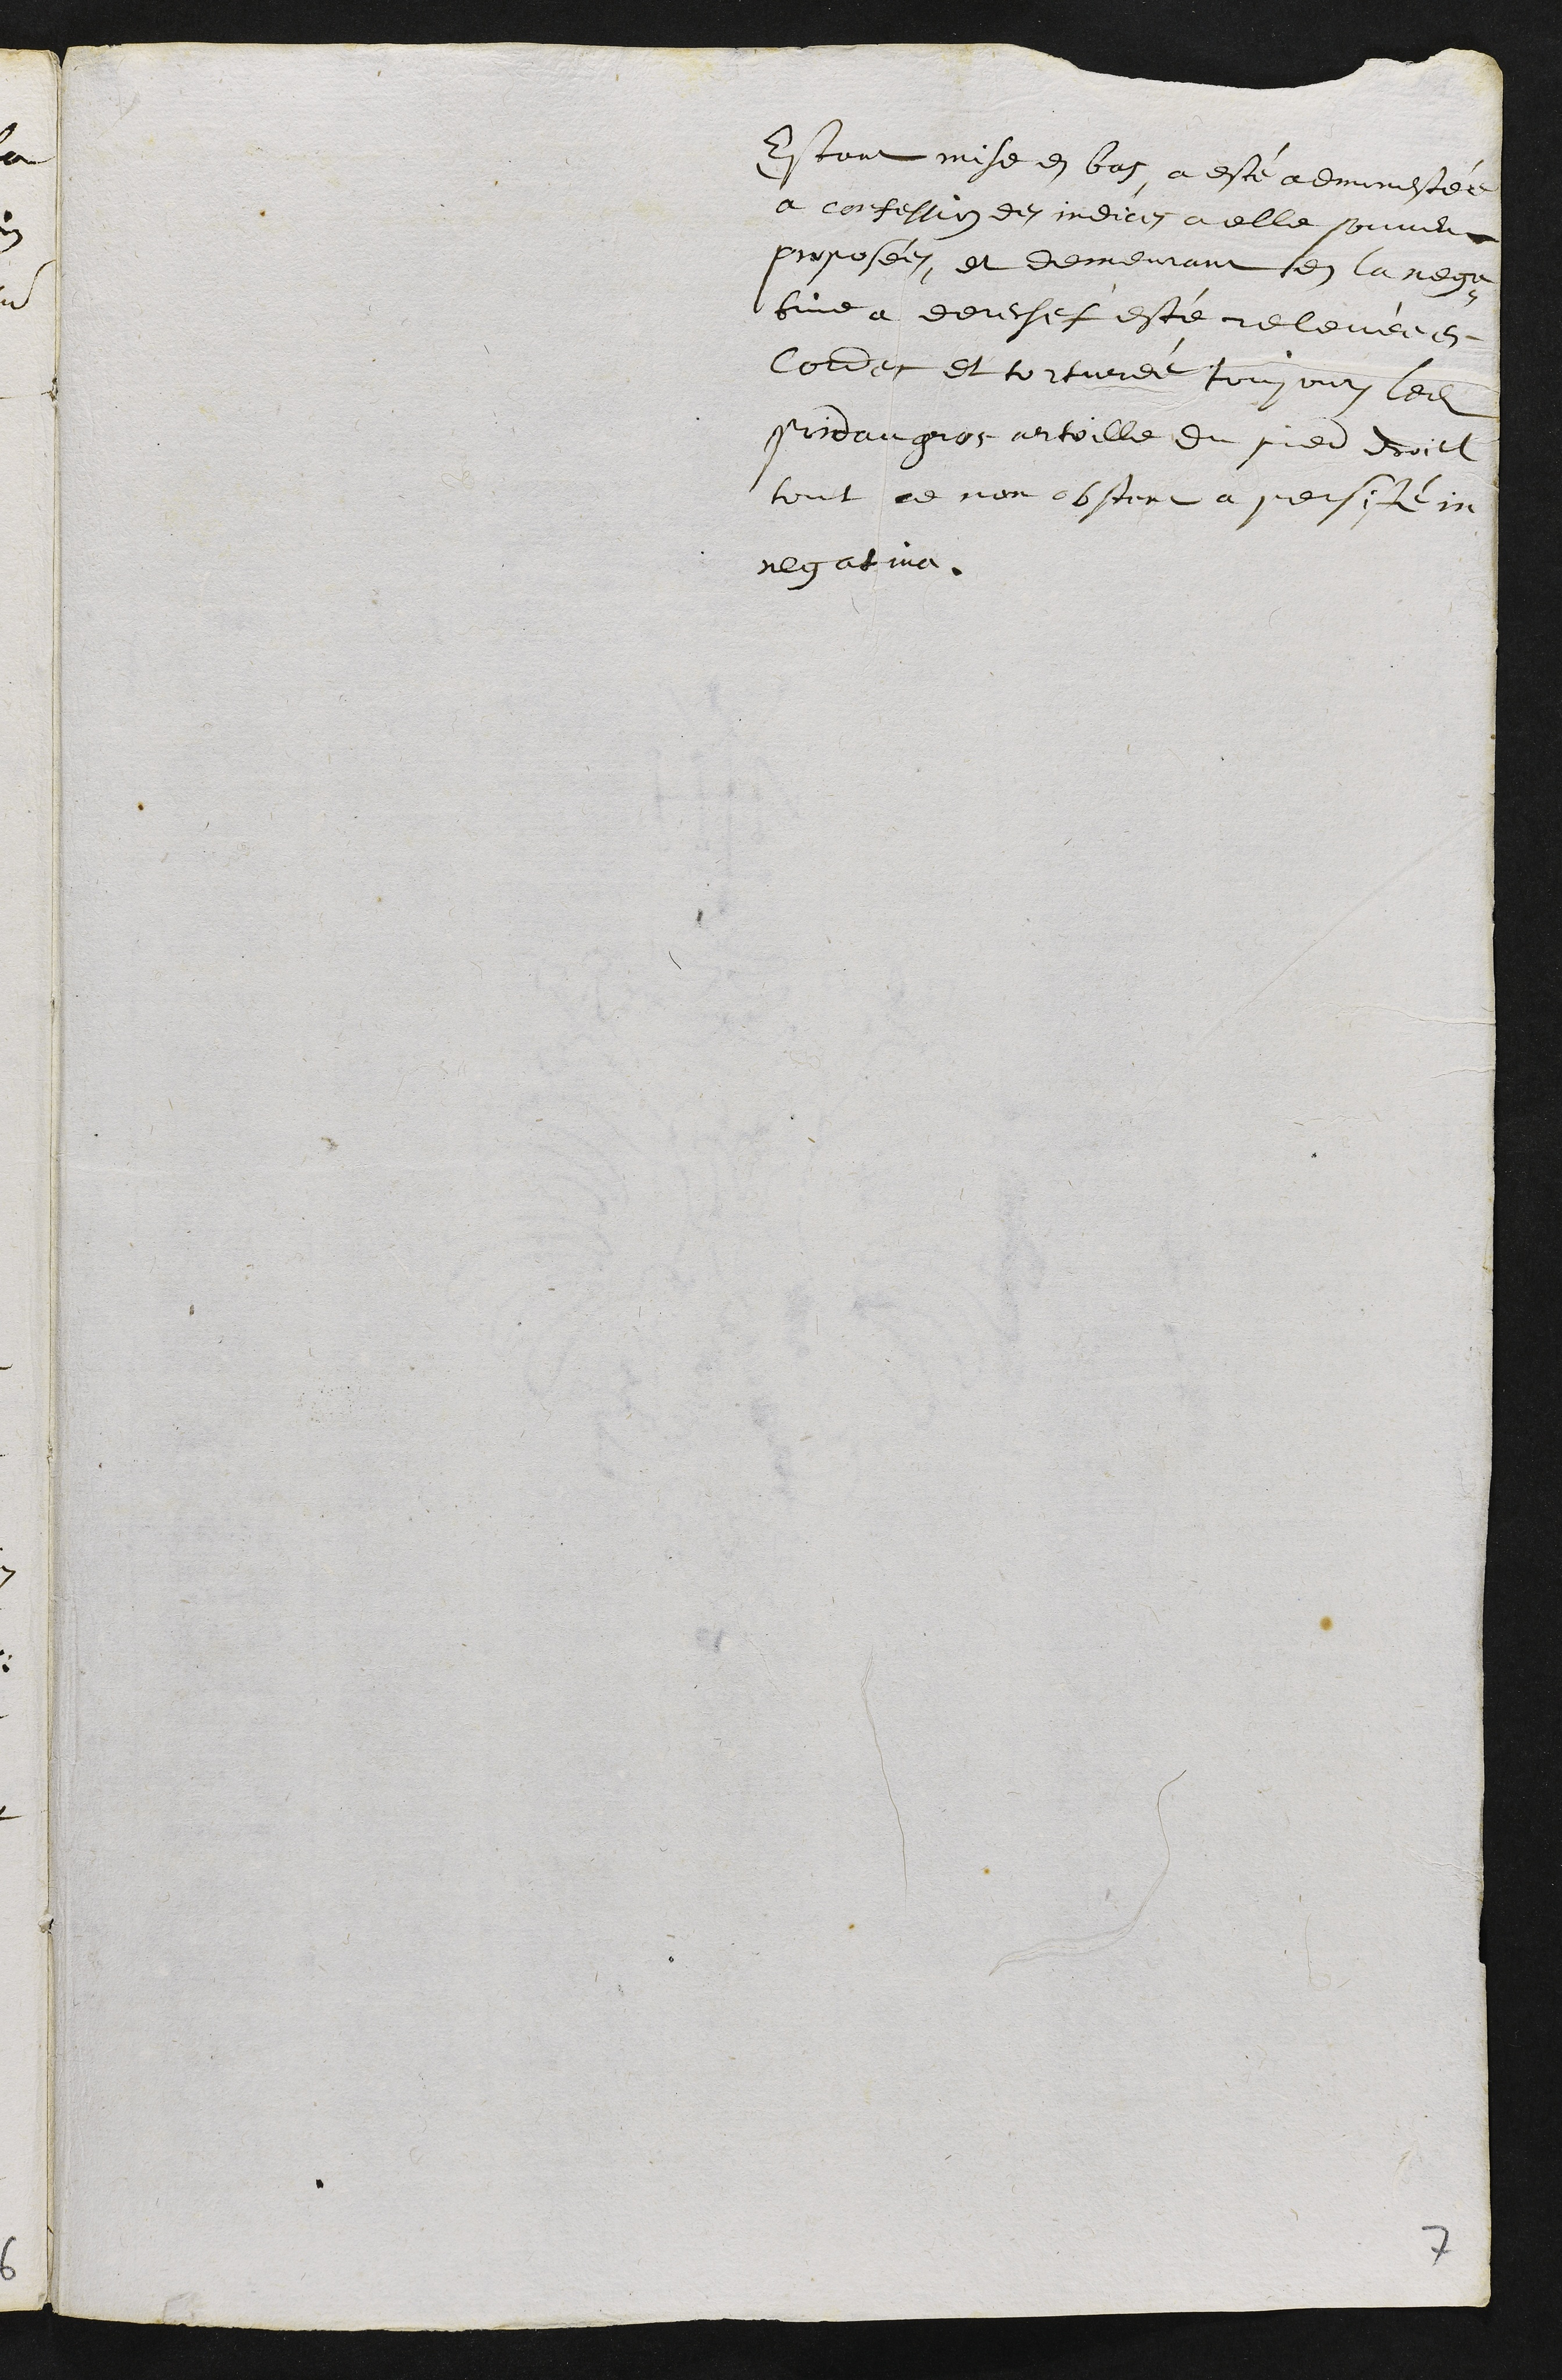
Estant mise en bas a esté admonestée
a confession des indices a elle souvent
proposées, et demeurant en la nega¬
tive a derechef esté relevée en
Cordes et torturée toujours ledit
poid au gros ortoille du pied droict
tout ce non obstent a persisté in
negativo.
7